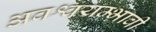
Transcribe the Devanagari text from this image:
अवश्वयम्भावी